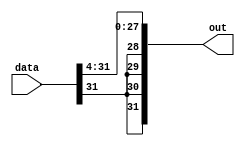
module sra_4(data, out);
    input [31:0] data;
    output [31:0] out;

    wire MSB;
    assign MSB = data[31];

    assign out[31] = MSB;
    assign out[30] = MSB;
    assign out[29] = MSB;
    assign out[28] = MSB;
    assign out[27] = data[31];
    assign out[26] = data[30];
    assign out[25] = data[29];
    assign out[24] = data[28];
    assign out[23] = data[27];
    assign out[22] = data[26];
    assign out[21] = data[25];
    assign out[20] = data[24];
    assign out[19] = data[23];
    assign out[18] = data[22];
    assign out[17] = data[21];
    assign out[16] = data[20];
    assign out[15] = data[19];
    assign out[14] = data[18];
    assign out[13] = data[17];
    assign out[12] = data[16];
    assign out[11] = data[15];
    assign out[10] = data[14];
    assign out[9] = data[13];
    assign out[8] = data[12];
    assign out[7] = data[11];
    assign out[6] = data[10];
    assign out[5] = data[9];
    assign out[4] = data[8];
    assign out[3] = data[7];
    assign out[2] = data[6];
    assign out[1] = data[5];
    assign out[0] = data[4];
endmodule